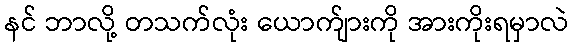
နင် ဘာလို့ တသက်လုံး ယောက်ျားကို အားကိုးရမှာလဲ